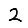
Digit: 2